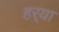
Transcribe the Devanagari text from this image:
हर्‍या